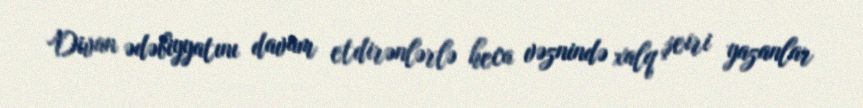
Divan ədəbiyyatını davam etdirənlərlə heca vəznində xalq şeiri yazanlar